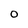
Character: 0